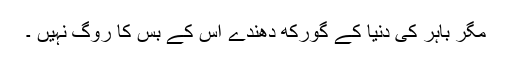
مگر باہر کی دنیا کے گورکھ دھندے اس کے بس کا روگ نہیں ۔